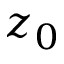
z _ { 0 }